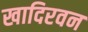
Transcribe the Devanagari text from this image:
खादिरवन